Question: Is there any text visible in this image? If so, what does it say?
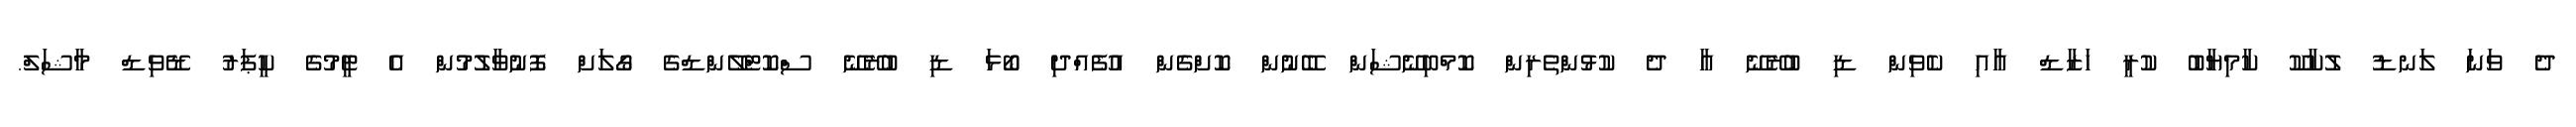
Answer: ދެ ވަނަ ލަނޑު ލުކާކޫ ކާމިޔާބު ކުރީ ހަޒާޑް އާއި ކެވިން ޑި ބުރޭނޭ އާ ދެ ކުޅުންތެރިން ކޮމްބިނޭޝަން ބޭނުން ކޮށްގެން އުފެއްދި ބޯޅަ ޑި ބުރޭނޭ ސްކޮޓްލޭންޑްގެ ގޯލަށް ފޮނުވާލުމުން އެ ޓީމުގެ ކީޕަރު ޑޭވިޑް މާޝަލް.